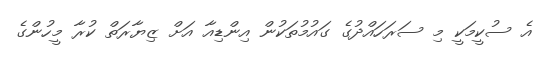
އެ ސުކީމަކީ މި ސަރަހައްދުގެ ގައުމުތަކުން އިންޑިއާ އަށް ޒިޔާރަތް ކުރާ މީހުންގެ